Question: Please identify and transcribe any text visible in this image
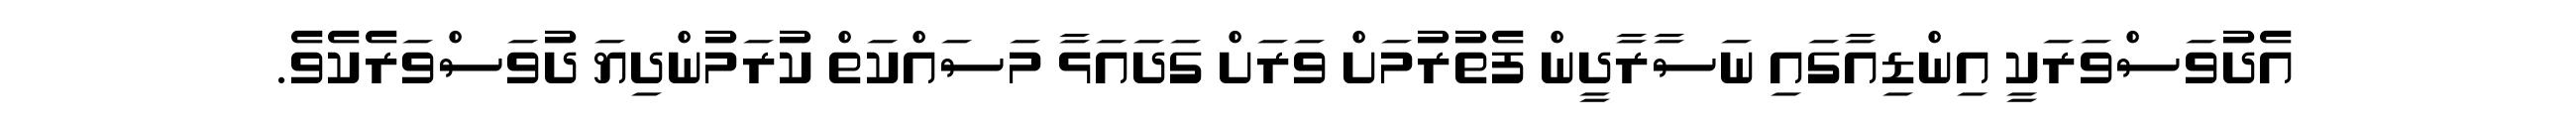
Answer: އެދުވަސްވަރަކީ އިންޑިއާގައި ނަސާރާދީން ފެތުރުމަށް ވަރަށް ގަދައަޅާ މަސައްކަތް ކުރަމުންދިޔަ ދުވަސްވަރެކެވެ.